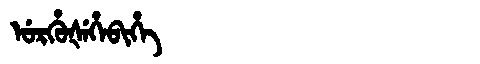
Manchu: ᡠᡵᡥᡠᡧᡝᡥᡝᠪᡳᡥᡝ
Romanization: URHUŠEHEBIHE